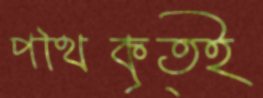
পথিকৃত্ই